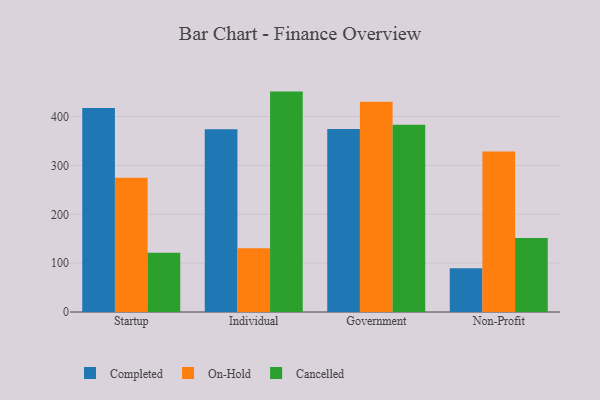
{"axis": {"x": "Segment", "y": "Inventory Turnover"}, "legend": ["Cancelled", "Completed", "On-Hold"], "data": [{"x": "Startup", "y": 417.8, "type": "Completed"}, {"x": "Startup", "y": 274.8, "type": "On-Hold"}, {"x": "Startup", "y": 121.1, "type": "Cancelled"}, {"x": "Individual", "y": 374.0, "type": "Completed"}, {"x": "Individual", "y": 130.7, "type": "On-Hold"}, {"x": "Individual", "y": 451.2, "type": "Cancelled"}, {"x": "Government", "y": 374.6, "type": "Completed"}, {"x": "Government", "y": 430.3, "type": "On-Hold"}, {"x": "Government", "y": 383.4, "type": "Cancelled"}, {"x": "Non-Profit", "y": 89.4, "type": "Completed"}, {"x": "Non-Profit", "y": 328.5, "type": "On-Hold"}, {"x": "Non-Profit", "y": 151.3, "type": "Cancelled"}]}